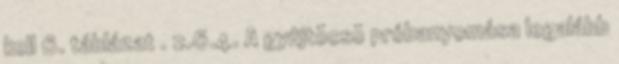
kell 6. táblázat . 2.6.4. A gyûjtõcsõ próbanyomása legalább